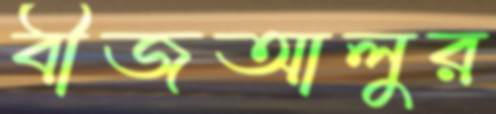
বীজআলুর